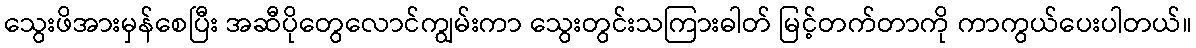
သွေးဖိအားမှန်စေပြီး အဆီပိုတွေလောင်ကျွမ်းကာ သွေးတွင်းသကြားဓါတ် မြင့်တက်တာကို ကာကွယ်ပေးပါတယ်။